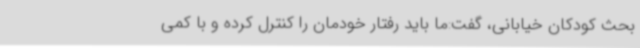
بحث کودکان خیابانی، گفت:ما باید رفتار خودمان را کنترل کرده و با کمی